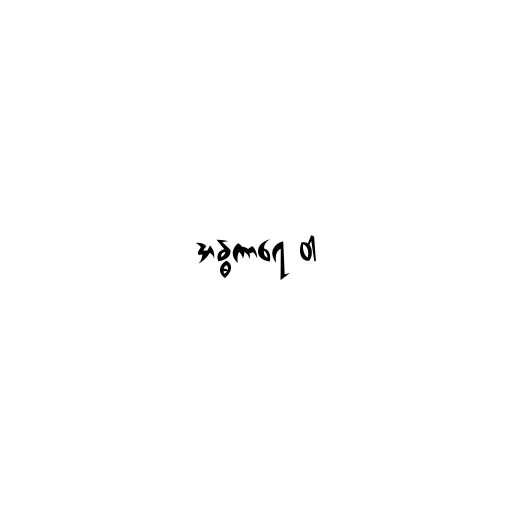
အန္ဓကာရေ ဝါ